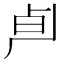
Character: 𰆄